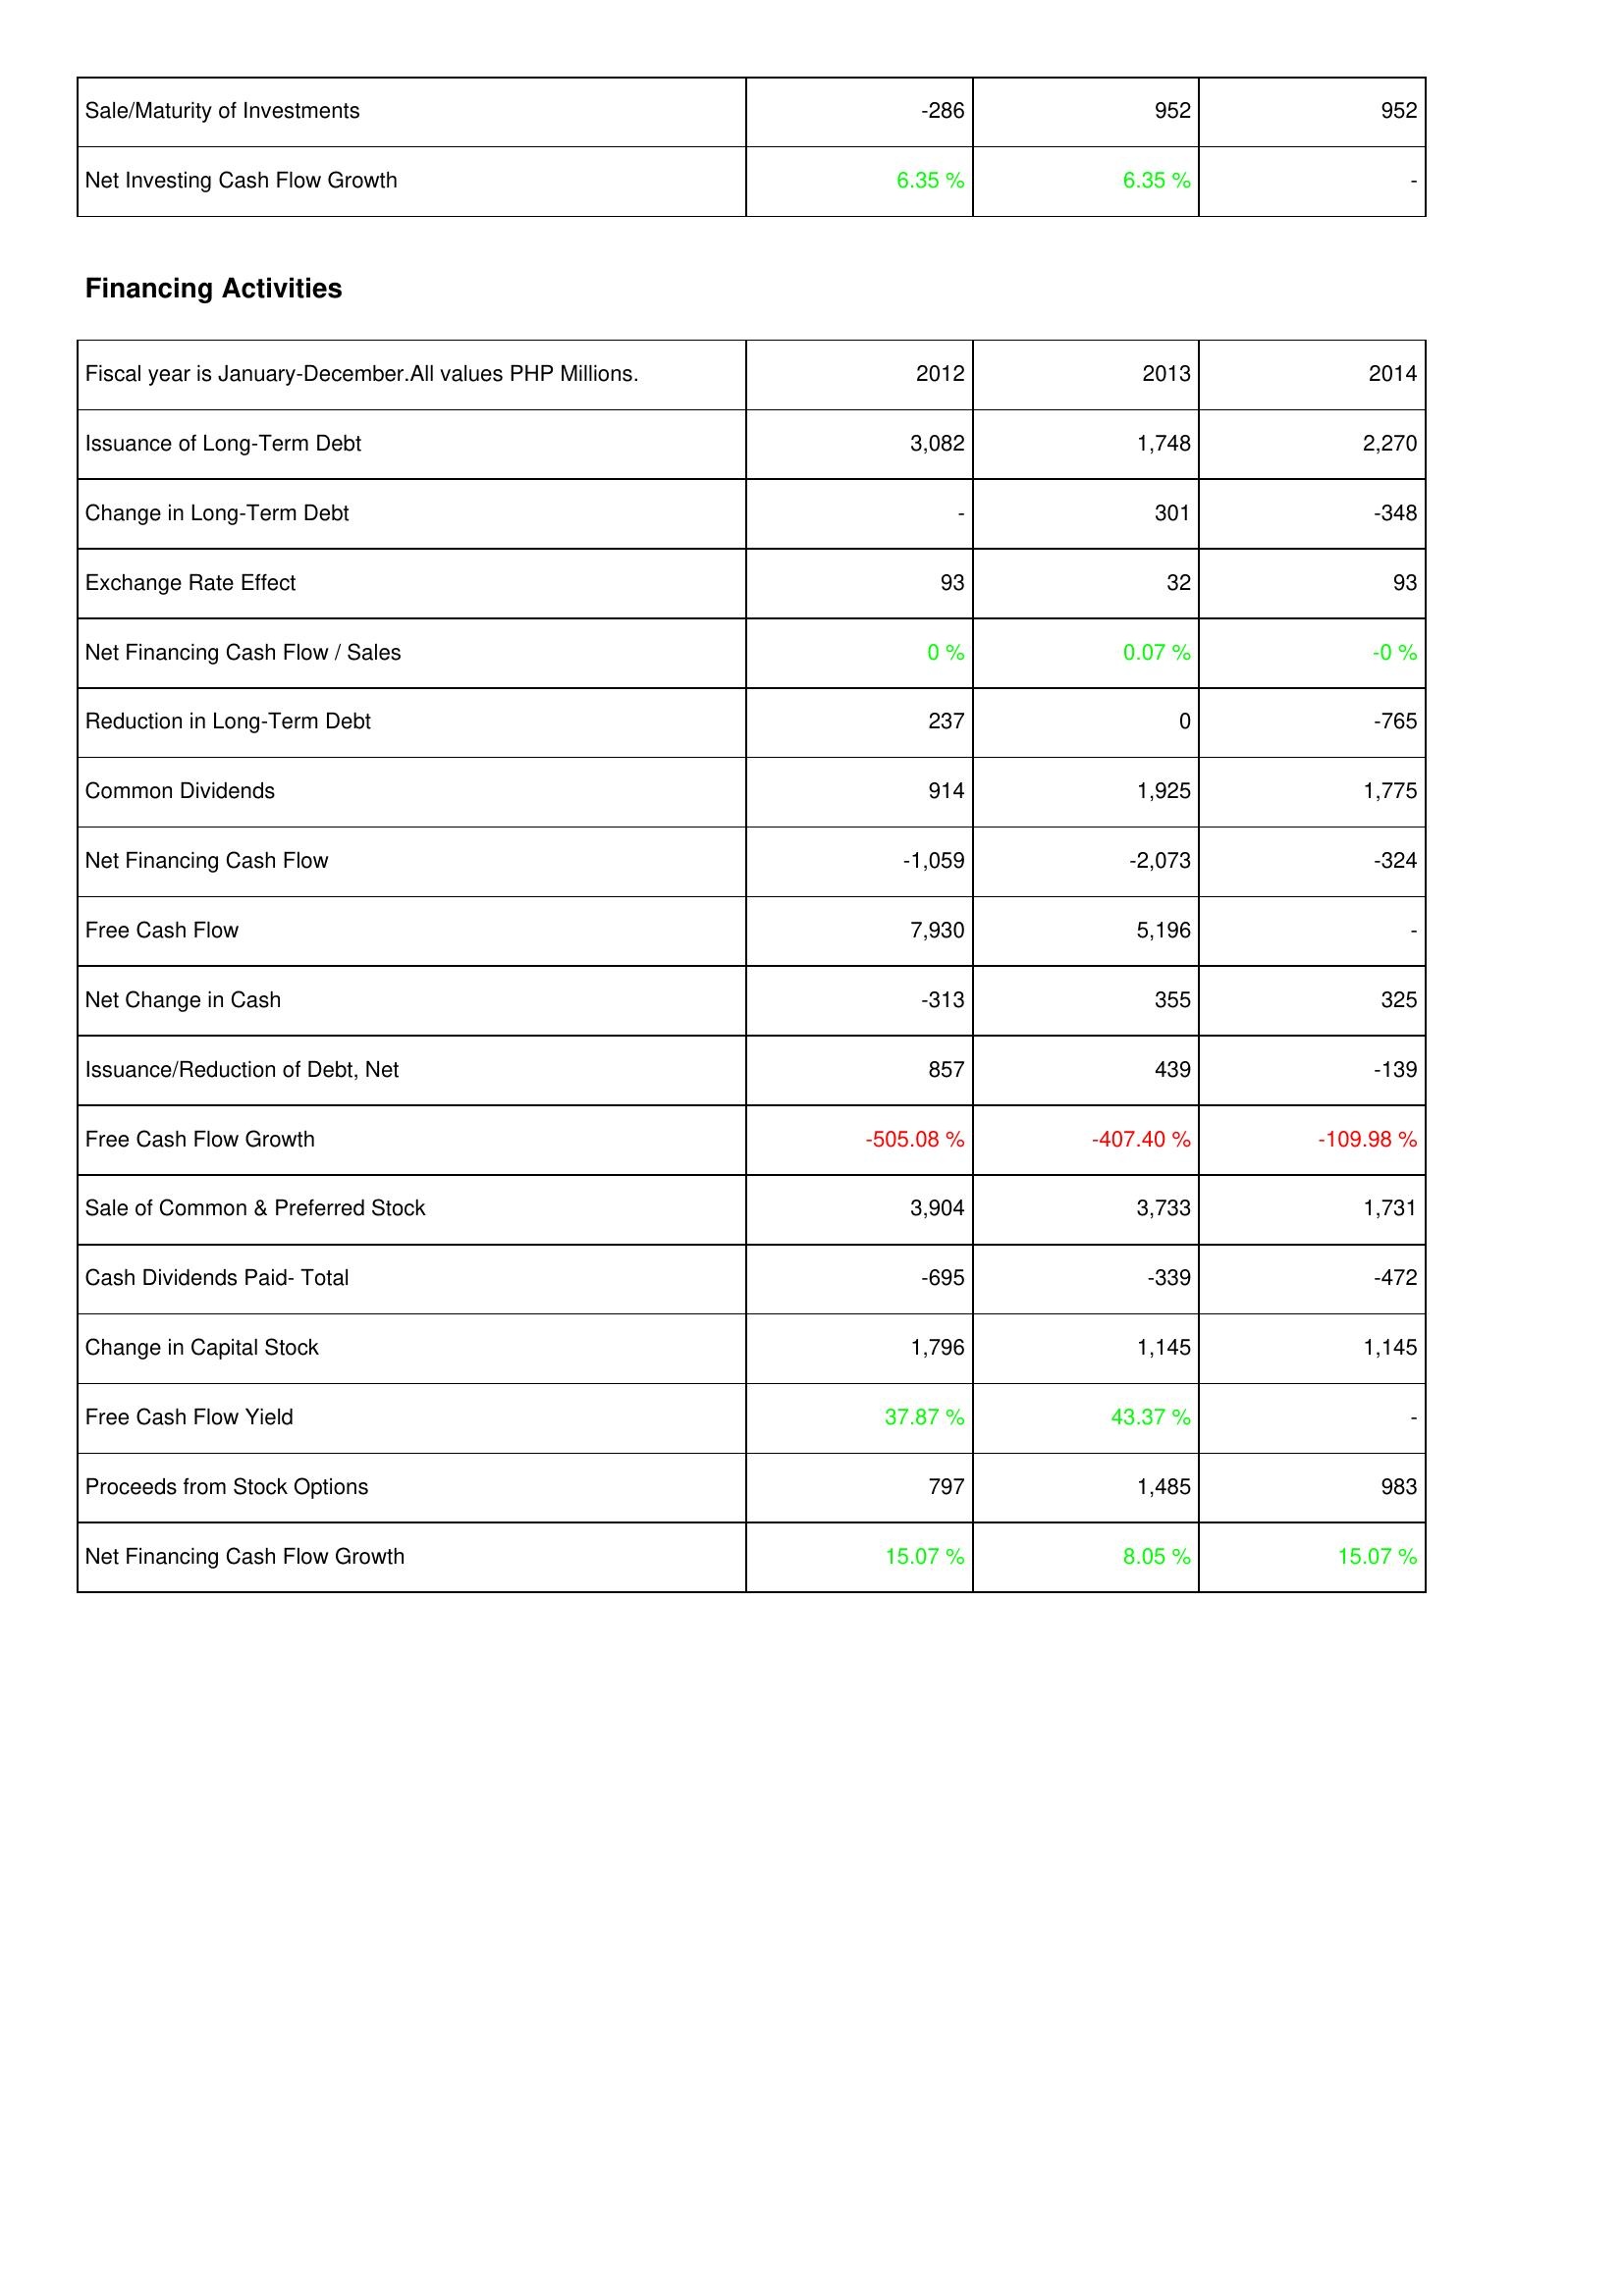
2012: Investing Activities: Sale/Maturity of Investments: -286
Net Investing Cash Flow Growth: 6.35 %
Financing Activities: Issuance of Long-Term Debt: 3,082
Change in Long-Term Debt: -
Exchange Rate Effect: 93
Net Financing Cash Flow / Sales: 0 %
Reduction in Long-Term Debt: 237
Common Dividends: 914
Net Financing Cash Flow: -1,059
Free Cash Flow: 7,930
Net Change in Cash: -313
Issuance/Reduction of Debt, Net: 857
Free Cash Flow Growth: -505.08 %
Sale of Common & Preferred Stock: 3,904
Cash Dividends Paid- Total: -695
Change in Capital Stock: 1,796
Free Cash Flow Yield: 37.87 %
Proceeds from Stock Options: 797
Net Financing Cash Flow Growth: 15.07 %
2013: Investing Activities: Sale/Maturity of Investments: 952
Net Investing Cash Flow Growth: 6.35 %
Financing Activities: Issuance of Long-Term Debt: 1,748
Change in Long-Term Debt: 301
Exchange Rate Effect: 32
Net Financing Cash Flow / Sales: 0.07 %
Reduction in Long-Term Debt: 0
Common Dividends: 1,925
Net Financing Cash Flow: -2,073
Free Cash Flow: 5,196
Net Change in Cash: 355
Issuance/Reduction of Debt, Net: 439
Free Cash Flow Growth: -407.40 %
Sale of Common & Preferred Stock: 3,733
Cash Dividends Paid- Total: -339
Change in Capital Stock: 1,145
Free Cash Flow Yield: 43.37 %
Proceeds from Stock Options: 1,485
Net Financing Cash Flow Growth: 8.05 %
2014: Investing Activities: Sale/Maturity of Investments: 952
Net Investing Cash Flow Growth: -
Financing Activities: Issuance of Long-Term Debt: 2,270
Change in Long-Term Debt: -348
Exchange Rate Effect: 93
Net Financing Cash Flow / Sales: -0 %
Reduction in Long-Term Debt: -765
Common Dividends: 1,775
Net Financing Cash Flow: -324
Free Cash Flow: -
Net Change in Cash: 325
Issuance/Reduction of Debt, Net: -139
Free Cash Flow Growth: -109.98 %
Sale of Common & Preferred Stock: 1,731
Cash Dividends Paid- Total: -472
Change in Capital Stock: 1,145
Free Cash Flow Yield: -
Proceeds from Stock Options: 983
Net Financing Cash Flow Growth: 15.07 %